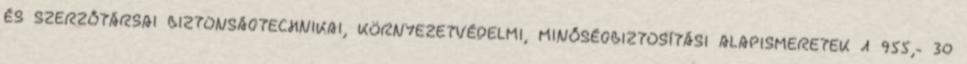
ÉS SZERZŐTÁRSAI BIZTONSÁGTECHNIKAI, KÖRNYEZETVÉDELMI, MINŐSÉGBIZTOSÍTÁSI ALAPISMERETEK 1 955,- 30